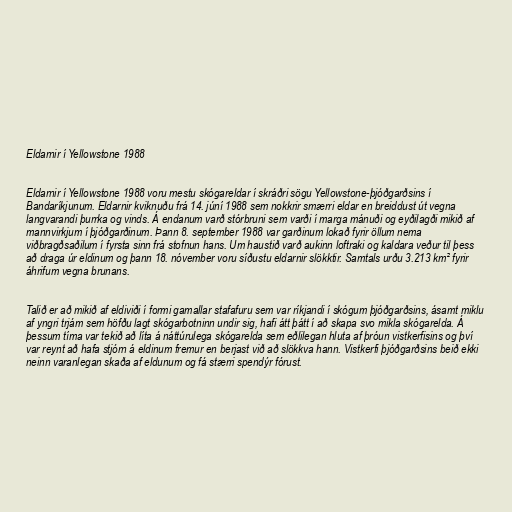
Eldarnir í Yellowstone 1988

Eldarnir í Yellowstone 1988 voru mestu skógareldar í skráðri sögu Yellowstone-þjóðgarðsins í
Bandaríkjunum. Eldarnir kviknuðu frá 14. júní 1988 sem nokkrir smærri eldar en breiddust út vegna
langvarandi þurrka og vinds. Á endanum varð stórbruni sem varði í marga mánuði og eyðilagði mikið af
mannvirkjum í þjóðgarðinum. Þann 8. september 1988 var garðinum lokað fyrir öllum nema
viðbragðsaðilum í fyrsta sinn frá stofnun hans. Um haustið varð aukinn loftraki og kaldara veður til þess
að draga úr eldinum og þann 18. nóvember voru síðustu eldarnir slökktir. Samtals urðu 3.213 km² fyrir
áhrifum vegna brunans.

Talið er að mikið af eldiviði í formi gamallar stafafuru sem var ríkjandi í skógum þjóðgarðsins, ásamt miklu
af yngri trjám sem höfðu lagt skógarbotninn undir sig, hafi átt þátt í að skapa svo mikla skógarelda. Á
þessum tíma var tekið að líta á náttúrulega skógarelda sem eðlilegan hluta af þróun vistkerfisins og því
var reynt að hafa stjórn á eldinum fremur en berjast við að slökkva hann. Vistkerfi þjóðgarðsins beið ekki
neinn varanlegan skaða af eldunum og fá stærri spendýr fórust.